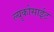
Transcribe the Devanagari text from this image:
ल्युकोसाईट